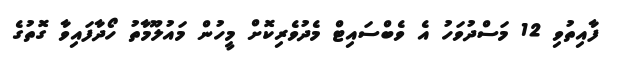
ފާއިތުވި 12 މަސްދުވަހު އެ ވެބްސައިޓް މެދުވެރިކޮށް މީހުން މައުލޫމާތު ހޯދާފައިވާ ގޮތުގެ